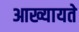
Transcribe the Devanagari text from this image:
आख्यायते